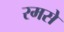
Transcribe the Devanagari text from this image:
रमसे